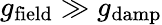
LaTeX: g_{\mathrm{field}}\gg g_{\mathrm{damp}}